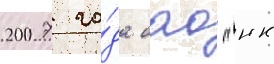
2007 го́да оао "нк